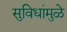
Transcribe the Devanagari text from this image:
सुविधांमुळे